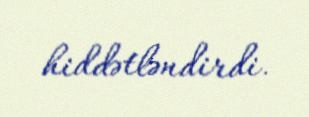
hiddətləndirdi.